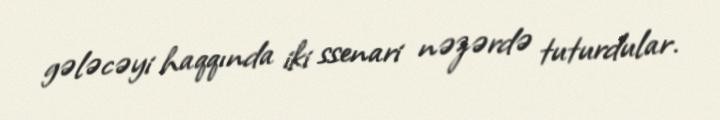
gələcəyi haqqında iki ssenari nəzərdə tuturdular.